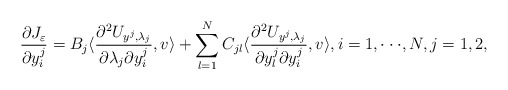
\begin{align*}\displaystyle\frac{\partial J_\varepsilon}{\partial y^j_i} = B_j \langle\frac{\partial ^2U_{y^j, \lambda_j}}{\partial \lambda_j\partial y^j_i}, v\rangle + \sum_{l = 1}^NC_{jl}\langle\frac{\partial^2 U_{y^j, \lambda_j}}{\partial y^j_l\partial y^j_i}, v\rangle,i = 1,\cdot\cdot\cdot,N, j = 1,2,\end{align*}